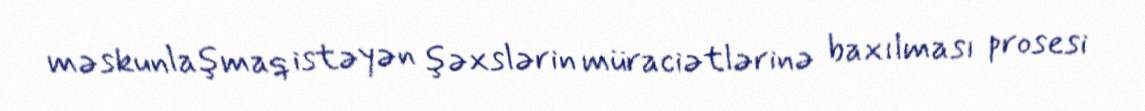
məskunlaşmaq istəyən şəxslərin müraciətlərinə baxılması prosesi